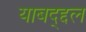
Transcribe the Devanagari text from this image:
याबद्द्दल